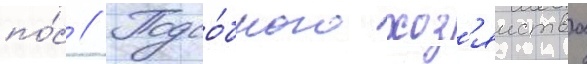
по́с // Подсо́бного хоз'яиства